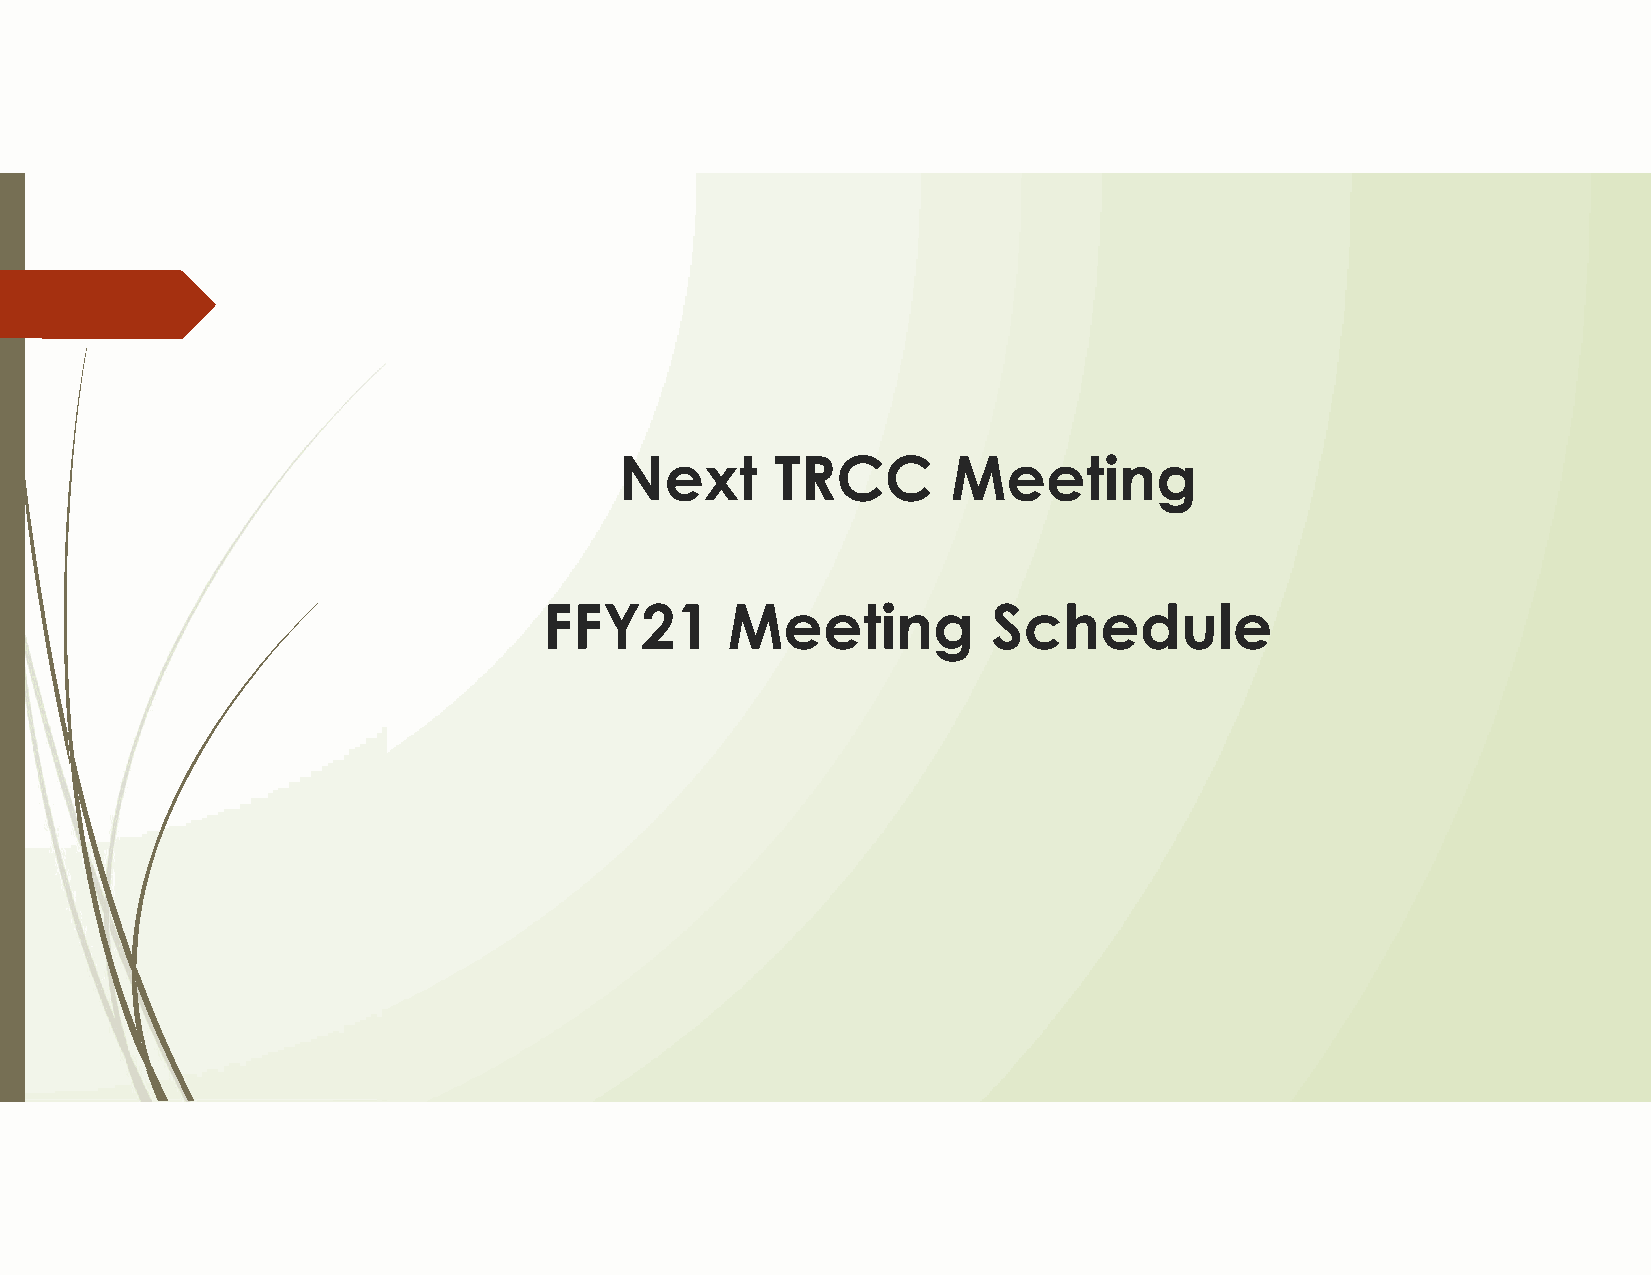
Next      TRCC        Meeting
 FFY21       Meeting           Schedule